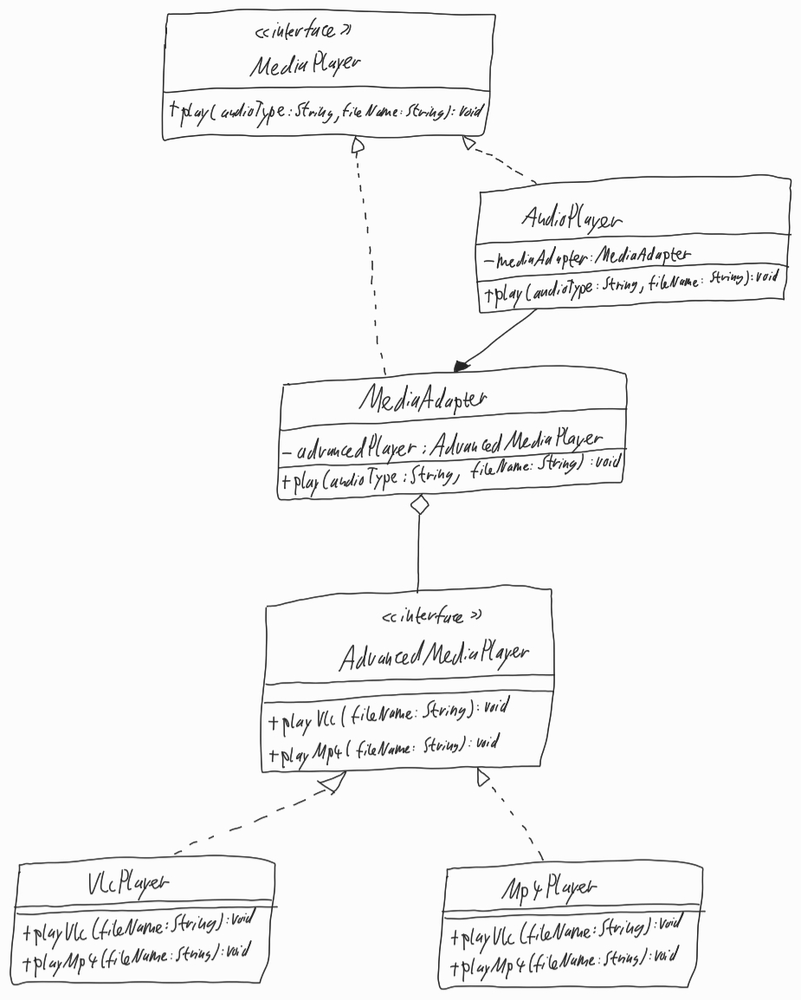
Diagram type: class_diagram
```plantuml
@startuml

interface MediaPlayer {
  + play(audioType: String, fileName:  String): void
}

class AudioPlayer implements MediaPlayer {
  - mediaAdapter: MediaAdapter
  + play(audioType: String, fileName: String): void
}

class MediaAdapter implements MediaPlayer {
  - advancedPlayer: AdvancedMediaPlayer
  + play(audioType: String, fileName: String): void
}

interface AdvancedMediaPlayer {
  + playVlc(fileName: String): void
  + playMp4(fileName: String): void
}

class VlcPlayer implements AdvancedMediaPlayer {
  + playVlc(fileName: String): void
  + playMp4(fileName: String): void
}

class Mp4Player implements AdvancedMediaPlayer {
  + playVlc(fileName: String): void
  + playMp4(fileName: String): void
}

AudioPlayer --> MediaAdapter

MediaAdapter o-- AdvancedMediaPlayer

@enduml
```